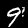
Label: 9